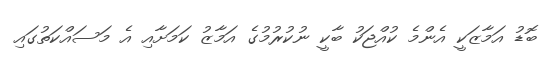
ބޮޑު އަމާޒަކީ އެންމެ ކުއްޖަކު ބާކީ ނުކުރުމުގެ އަމާޒު ކަމަށާއި އެ މަސައްކަތުގައި